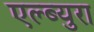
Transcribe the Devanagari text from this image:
एल्ब्युरा